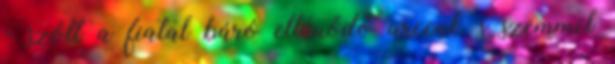
- szólt a fiatal báró eltűnődő arccal, s szemmel